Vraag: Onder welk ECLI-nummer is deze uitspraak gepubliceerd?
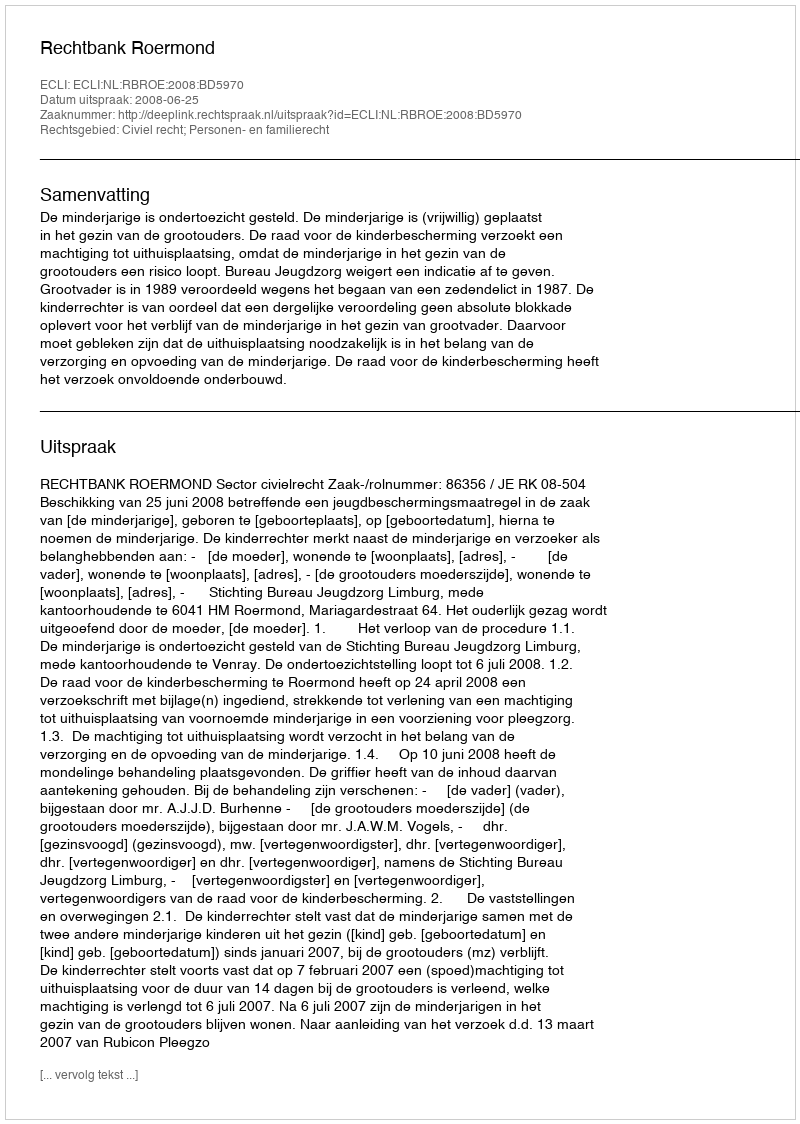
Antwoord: ECLI:NL:RBROE:2008:BD5970